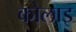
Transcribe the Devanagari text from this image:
कोलाइ